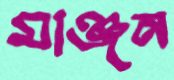
মাঞ্জন